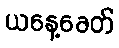
ယနေ့ခေတ်